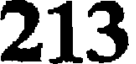
213